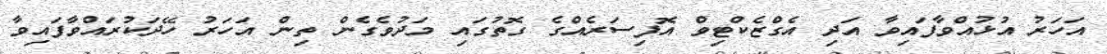
އަހަރު އުޅުއްވާފައިވާ އަދި އެގްޒެކްޓިވް އޮފިސަރެއްގެ ގޮތުގައި މަދުވެގެން ތިން އަހަރު ހޭދަކުރައްވާފައިވާ